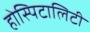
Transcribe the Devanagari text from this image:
होस्पिटालिटी